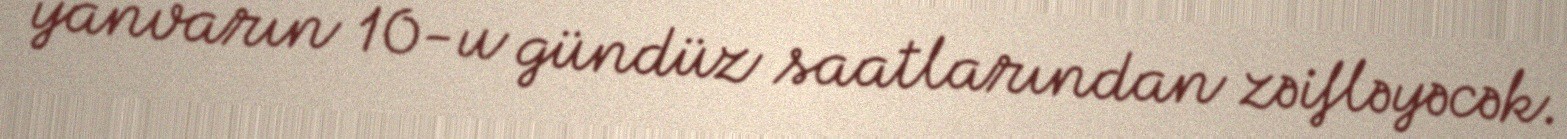
yanvarın 10-u gündüz saatlarından zəifləyəcək.